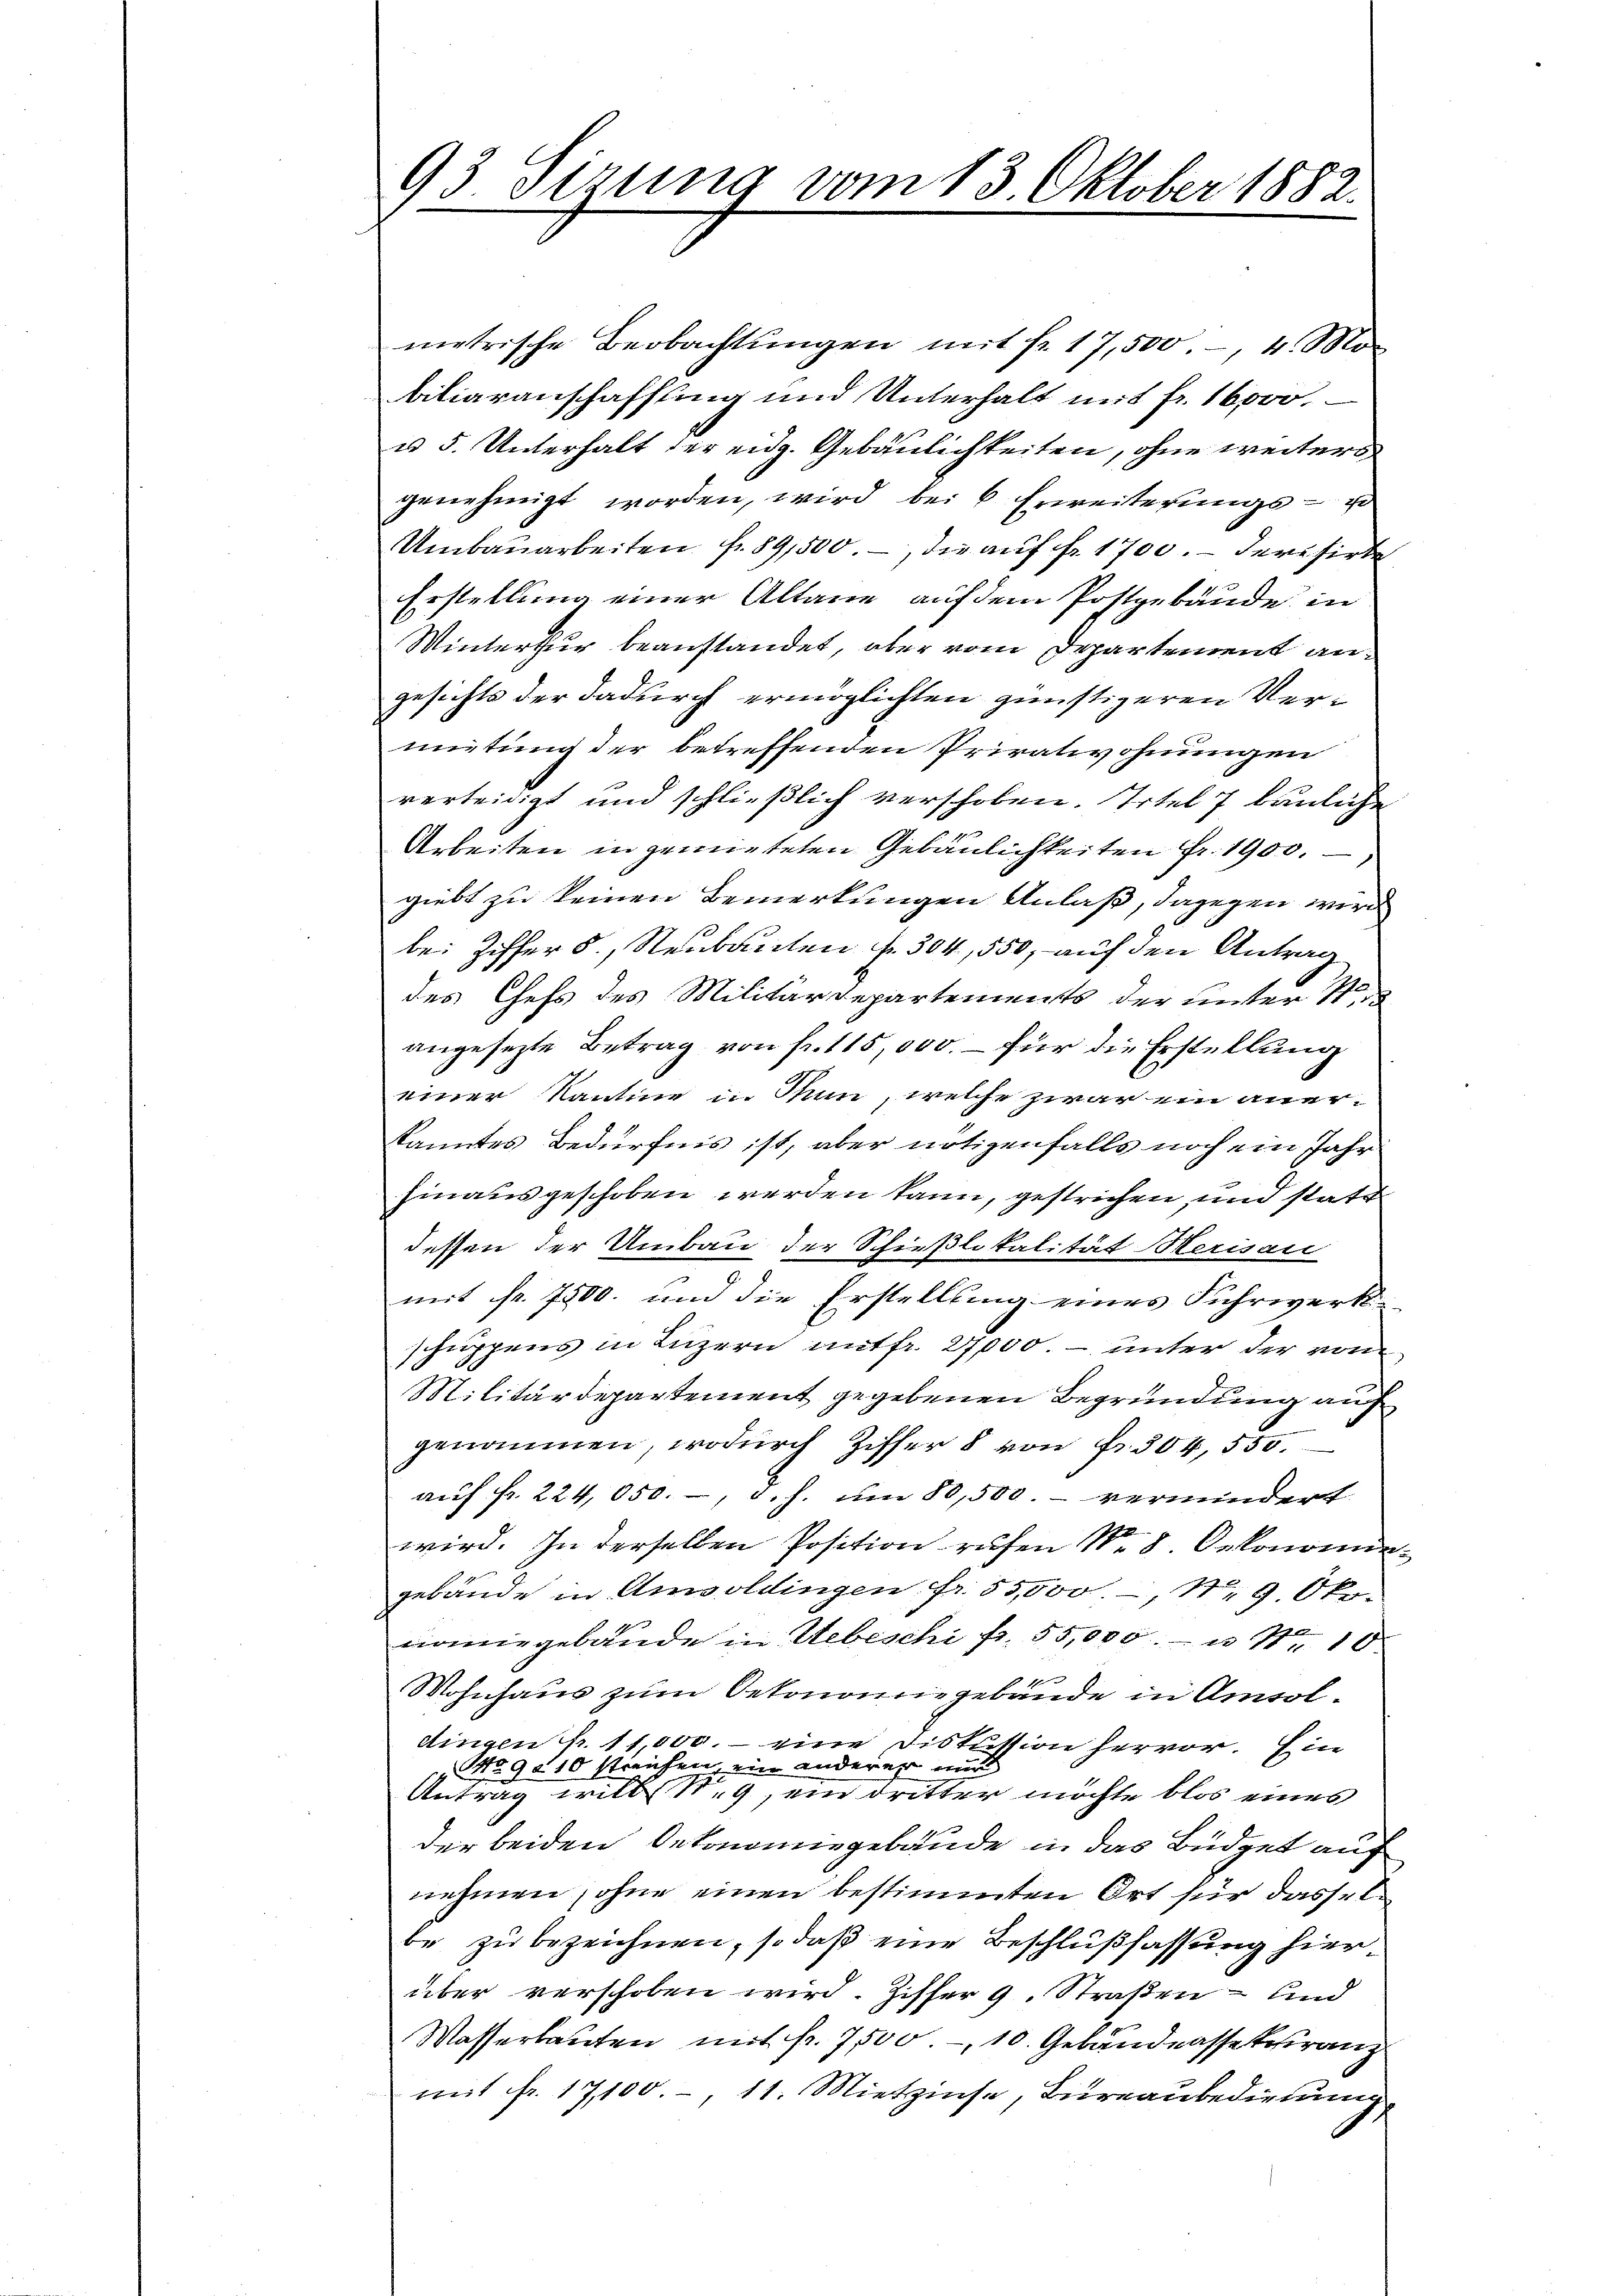
93 Sizung vom 13. Oktober 1882.

metrische Beobachtungen mit fr. 17,500.-, 4. Mo
biliaranschaffling und Unterhalt mit fr. 16000.
u 5. Unterhalt der eidg. Gebäulichkeiten, ohne weiters
genehmigt worden, wird bei 6 Erweiterungs- u
Umbaŭarbeiten fr. 89,500.-, die auf fr. 1700.- derisirte
Erstellung einer Altane auf dem Postgebäude in
Winterthur beanstandet, aber vom Departement angesichts der dadurch ermöglichten günstigeren Vermietung der betreffenden Privatwohnungen
verteidigt und schließlich verschoben. Titel 7 bauliche
f
Arbeiten in gemieteten Gebäulichkeiten fr. 1900.
giebt zu keinen Bemerkungen Anlaß, dagegen wird
bei Ziffer 5., Neubauten f. 304,550, auf den Antrag
des Chefs des Militärdepartements der unter St
angesezte Betrag von fr. 115,000. – für die Erstellung
einer Kantine in Mun, welche zwar ein anerkanntes Bedürfnis ist, aber notizenfalls noch ein Jahr
hinausgeschoben werden kann, gestrichen, und statt
dessen der Umbau der Schießlikalität Herisau
mit fr. 7500. und die Erstellung eines Fuhrwerk-
schuppens in Luzern mitfr. 27,000. unter der vom
Militärdepartement gegebenen Begründung auf
genommen, wodŭrch Ziffer 8 von Fr. 304, 550.
aŭf fr. 224,050.-, d. J. um 80,500. - vermindert
wird. In derselben Position ruhen Nr. 8. Oekonomin
gebäude in Amsoldingen fr. 55,000. 19 Okonomiegebäude in Uebeschi fr. 55,000.- u. Nr. 10

Wohnhaus zum Oekonomiegebäude in Amsoldingen fr. 11,000.- eine Diskussion hervor. Ein
 No 9010 streichen, ein anderer und
Antrag will S. 9, ein dritter möchte blos eines
der beiden Oekonomiegebäude in das Büdget auf
nehmen, ohne einen bestimmten Ort für dasselbe zu bezeichnen, so daß eine Beschlußfassung hierüber verschoben wird. Ziffer 9. Straßen – und
Wasserbauten mit Fr. 7500.- 10. Gebandassekuranz
mit fr. 17,100.-, 11. Mietzinse, Bureaubedienung